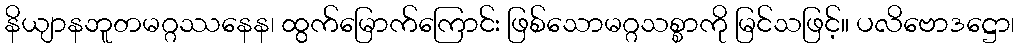
နိယျာနဘူတမဂ္ဂဿနေန၊ ထွက်မြောက်ကြောင်း ဖြစ်သောမဂ္ဂသစ္စာကို မြင်သဖြင့်။ ပလိဗောဒဋ္ဌော၊